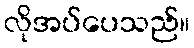
လိုအပ်ပေသည်။